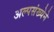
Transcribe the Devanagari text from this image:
अल्पसंख्येने